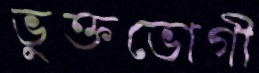
ভুক্তভোগী